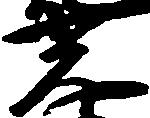
光